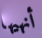
أنهيها